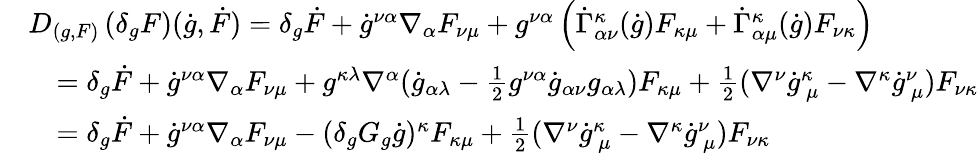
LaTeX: \begin{array}{rl}&{D_{(g,F)}\left(\delta_{g}F\right)(\dot{g},\dot{F})=\delta_{g}\dot{F}+\dot{g}^{\nu\alpha}\nabla_{\alpha}F_{\nu\mu}+g^{\nu\alpha}\left(\dot{\Gamma}_{\alpha\nu}^{\kappa}(\dot{g})F_{\kappa\mu}+\dot{\Gamma}_{\alpha\mu}^{\kappa}(\dot{g})F_{\nu\kappa}\right)}\\ &{\quad=\delta_{g}\dot{F}+\dot{g}^{\nu\alpha}\nabla_{\alpha}F_{\nu\mu}+g^{\kappa\lambda}\nabla^{\alpha}(\dot{g}_{\alpha\lambda}-\frac 12g^{\nu\alpha}\dot{g}_{\alpha\nu}g_{\alpha\lambda})F_{\kappa\mu}+\frac 12(\nabla^{\nu}\dot{g}_{~\mu}^{\kappa}-\nabla^{\kappa}\dot{g}_{~\mu}^{\nu})F_{\nu\kappa}}\\ &{\quad=\delta_{g}\dot{F}+\dot{g}^{\nu\alpha}\nabla_{\alpha}F_{\nu\mu}-(\delta_{g}G_{g}\dot{g})^{\kappa}F_{\kappa\mu}+\frac 12(\nabla^{\nu}\dot{g}_{~\mu}^{\kappa}-\nabla^{\kappa}\dot{g}_{~\mu}^{\nu})F_{\nu\kappa}}\end{array}